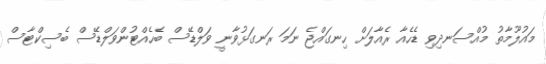
މައުލޫމާތު މުއްސަނދިވި ޑެހެއާ ރެއާލަށް ހިނގައްޖެ ނަމަ ރަނގަޅުވާނީ ވަލްޑޭސް ބެހެއްޓުންވަލްޑޭސް ބެސިކްޓާސް